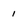
Character: 1